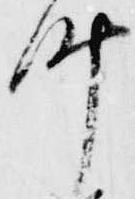
叶